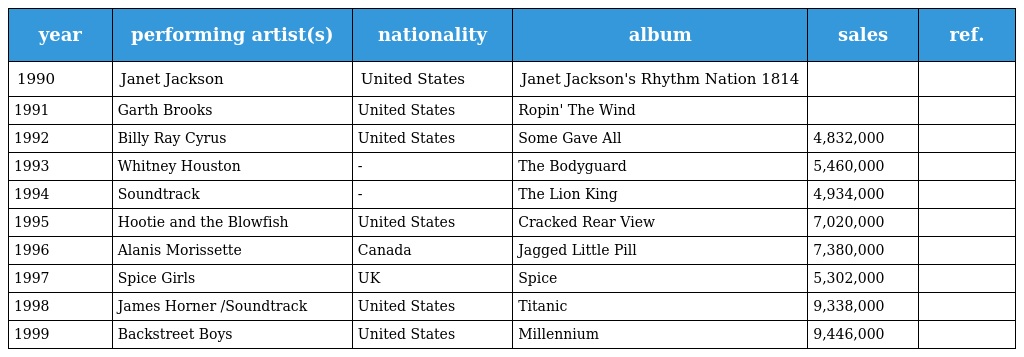
| year | performing artist(s) | nationality | album | sales | ref. |
 | --- | --- | --- | --- | --- | --- |
 | 1990 | Janet Jackson | United States | Janet Jackson's Rhythm Nation 1814 |  |  |
 | 1991 | Garth Brooks | United States | Ropin' The Wind |  |  |
 | 1992 | Billy Ray Cyrus | United States | Some Gave All | 4,832,000 |  |
 | 1993 | Whitney Houston | - | The Bodyguard | 5,460,000 |  |
 | 1994 | Soundtrack | - | The Lion King | 4,934,000 |  |
 | 1995 | Hootie and the Blowfish | United States | Cracked Rear View | 7,020,000 |  |
 | 1996 | Alanis Morissette | Canada | Jagged Little Pill | 7,380,000 |  |
 | 1997 | Spice Girls | UK | Spice | 5,302,000 |  |
 | 1998 | James Horner /Soundtrack | United States | Titanic | 9,338,000 |  |
 | 1999 | Backstreet Boys | United States | Millennium | 9,446,000 |  |